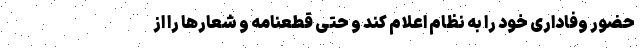
حضور وفاداری خود را به نظام اعلام کند و حتی قطعنامه و شعارها را از